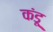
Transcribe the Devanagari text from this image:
कंडू